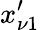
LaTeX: x_{\nu 1}^{\prime}